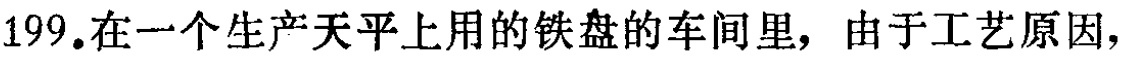
199.在一个生产天平上用的铁盘的车间里，由于工艺原因，